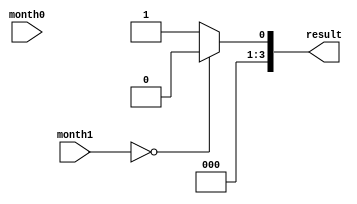
`timescale 1ns / 1ps
//////////////////////////////////////////////////////////////////////////////////
// Company: 
// Engineer: 
// 
// Design Name: 
// Module Name: selector5
// Project Name: 
// Target Devices: 
// Tool Versions: 
// Description: 
// 
// Dependencies: 
// 
// Revision:
// Revision 0.01 - File Created
// Additional Comments:
// 
//////////////////////////////////////////////////////////////////////////////////


module selector5(month1, month0, result);
    input [3:0] month1;
    input [3:0] month0;
    output [3:0] result;
    
    reg [3:0] result;
    
    always @* begin
        if(month1 == 4'd0)
            result = 4'd0;
        else
            result = 4'd1;
    end
endmodule